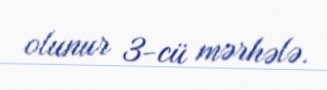
olunur 3-cü mərhələ.